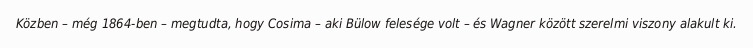
Közben – még 1864-ben – megtudta, hogy Cosima – aki Bülow felesége volt – és Wagner között szerelmi viszony alakult ki.